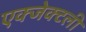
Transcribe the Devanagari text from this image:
एक्जेक्टली